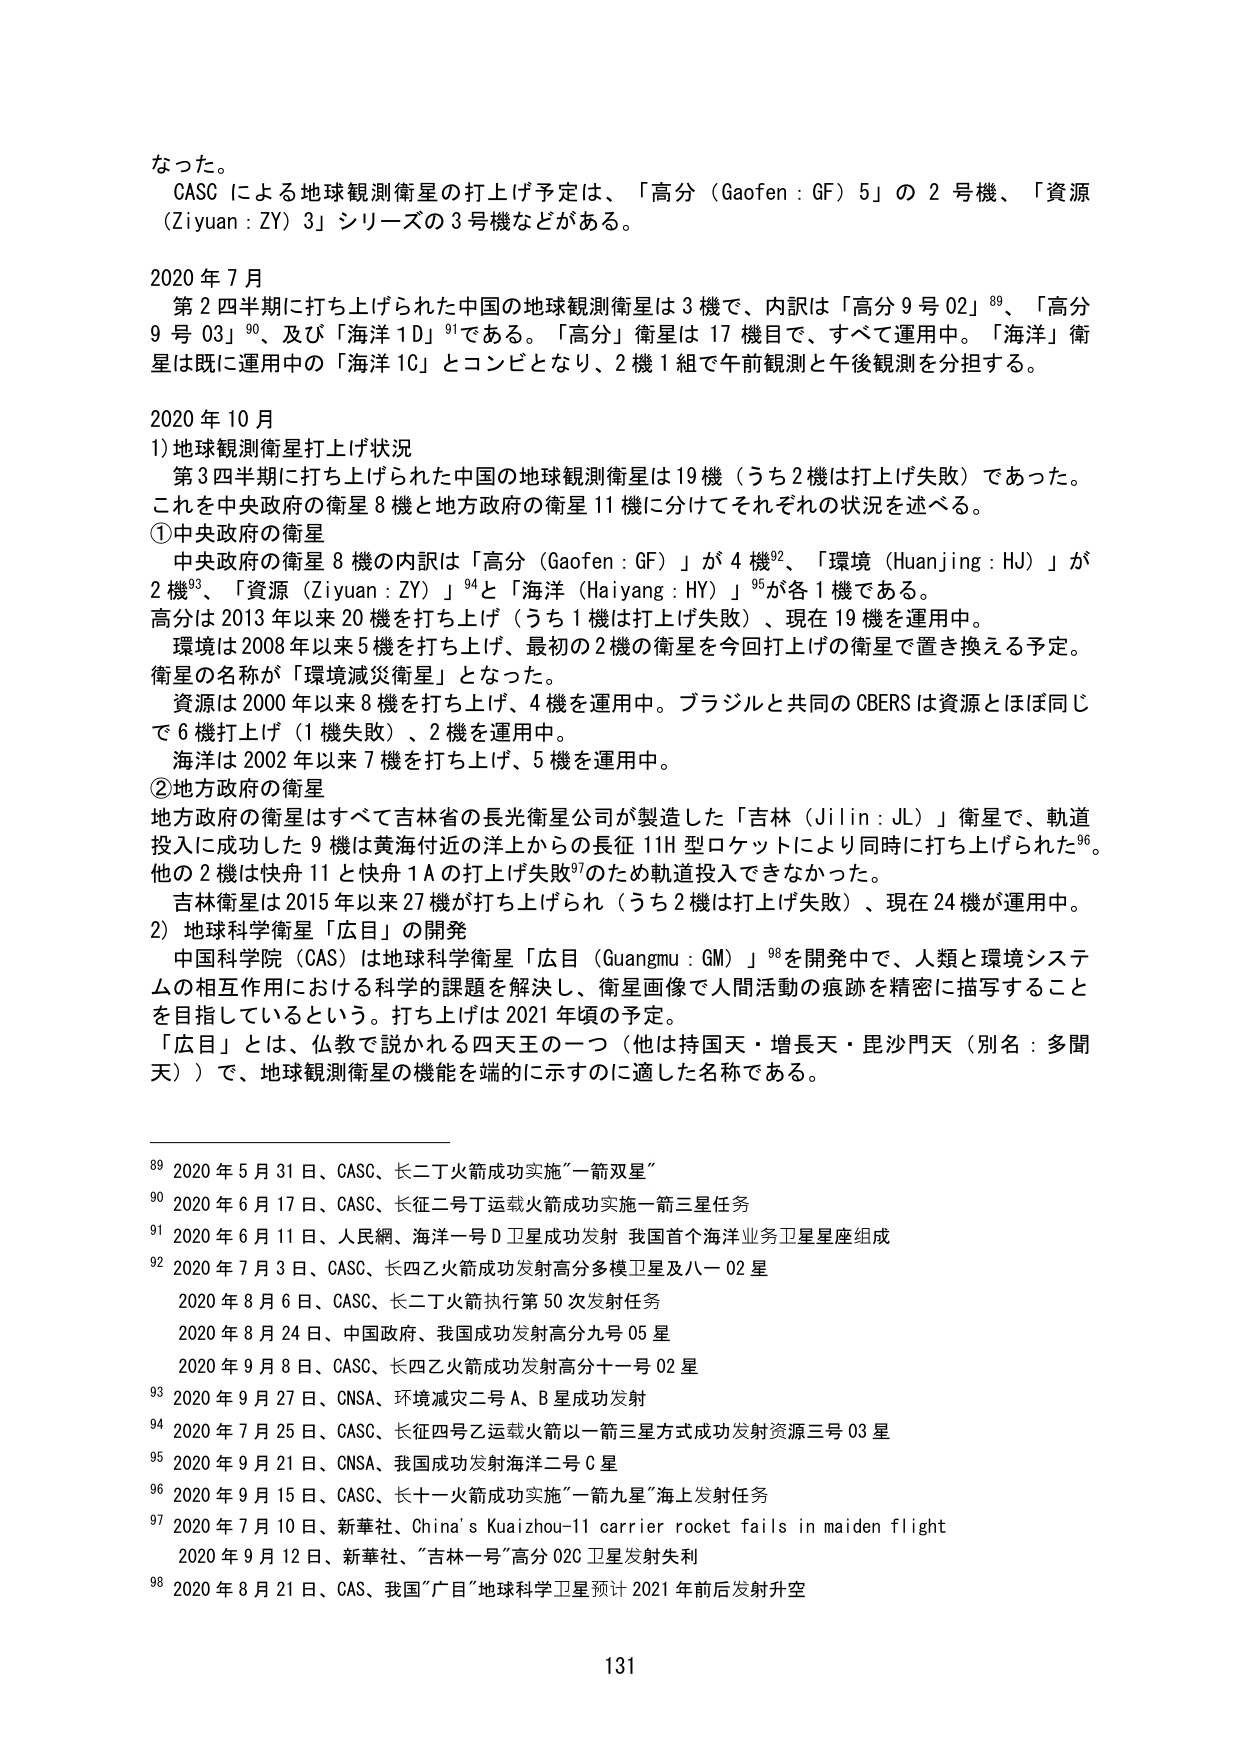
なった。

CASC による地球観測衛星の打上げ予定は、「高分（Gaofen : GF）5」の 2 号機、「資源（Ziyuan : ZY）3」シリーズの 3 号機などがある。

2020 年 7 月
第 2 四半期に打ち上げられた中国の地球観測衛星は 3 機で、内訳は「高分 9 号 02」⁸⁹、「高分 9 号 03」⁹⁰、及び「海洋 1D」⁹¹である。「高分」衛星は 17 機目で、すべて運用中。「海洋」衛星は既に運用中の「海洋 1C」とコンビとなり、2 機 1 組で午前観測と午後観測を分担する。

2020 年 10 月
1) 地球観測衛星打上げ状況
第 3 四半期に打ち上げられた中国の地球観測衛星は 19 機（うち 2 機は打上げ失敗）であった。これを中央政府の衛星 8 機と地方政府の衛星 11 機に分けてそれぞれの状況を述べる。
①中央政府の衛星
中央政府の衛星 8 機の内訳は「高分（Gaofen : GF）」が 4 機⁹²、「環境（Huanjing : HJ）」が 2 機⁹³、「資源（Ziyuan : ZY）」⁹⁴と「海洋（Haiyang : HY）」⁹⁵が各 1 機である。
高分は 2013 年以来 20 機を打ち上げ（うち 1 機は打上げ失敗）、現在 19 機を運用中。
環境は 2008 年以来 5 機を打ち上げ、最初の 2 機の衛星を今回打上げの衛星で置き換える予定。衛星の名称が「環境減災衛星」となった。
資源は 2000 年以来 8 機を打ち上げ、4 機を運用中。ブラジルと共同の CBERS は資源とほぼ同じで 6 機打上げ（1 機失敗）、2 機を運用中。
海洋は 2002 年以来 7 機を打ち上げ、5 機を運用中。
②地方政府の衛星
地方政府の衛星はすべて吉林省の長光衛星公司が製造した「吉林（Jilin : JL）」衛星で、軌道投入に成功した 9 機は黄海付近の洋上からの长征 11H 型ロケットにより同時に打ち上げられた⁹⁶。他の 2 機は快舟 11 と快舟 1A の打上げ失敗⁹⁷のため軌道投入できなかった。
吉林衛星は 2015 年以来 27 機が打ち上げられ（うち 2 機は打上げ失敗）、現在 24 機が運用中。
2) 地球科学衛星「広目」の開発
中国科学院（CAS）は地球科学衛星「広目（Guangmu : GM）」⁹⁸を開発中で、人類と環境システムの相互作用における科学の課題を解決し、衛星画像で人間活動の痕跡を精密に描写することを目指しているという。打ち上げは 2021 年頃の予定。
「広目」とは、仏教で説かれる四天王の一つ（他是持国天・増長天・毘沙門天（別名：多聞天））で、地球観測衛星の機能を端的に示すのに適した名称である。

⁸⁹ 2020 年 5 月 31 日、CASC、长二丁火箭成功实施“一箭双星”
⁹⁰ 2020 年 6 月 17 日、CASC、长征二号丁运载火箭成功实施一箭三星任务
⁹¹ 2020 年 6 月 11 日、人民網、海洋一号 D 卫星成功发射 我国首个海洋业务卫星星座组成
⁹² 2020 年 7 月 3 日、CASC、长四乙火箭成功发射高分多模卫星及八一 02 星
2020 年 8 月 6 日、CASC、长二丁火箭执行第 50 次发射任务
2020 年 8 月 24 日、中国政府、我国成功发射高分九号 05 星
2020 年 9 月 8 日、CASC、长四乙火箭成功发射高分十一号 02 星
⁹³ 2020 年 9 月 27 日、CNSA、环境减灾二号 A、B 星成功发射
⁹⁴ 2020 年 7 月 25 日、CASC、长征四号乙运载火箭以一箭三星方式成功发射资源三号 03 星
⁹⁵ 2020 年 9 月 21 日、CNSA、我国成功发射海洋二号 C 星
⁹⁶ 2020 年 9 月 15 日、CASC、长十一火箭成功实施“一箭九星”海上发射任务
⁹⁷ 2020 年 7 月 10 日、新華社、China’s Kuaizhou-11 carrier rocket fails in maiden flight
2020 年 9 月 12 日、新華社、「吉林一号”高分 02C 卫星发射失利
⁹⁸ 2020 年 8 月 21 日、CAS、我国“广目”地球科学卫星预计 2021 年前后发射升空

131